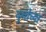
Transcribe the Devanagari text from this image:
युनोच्या